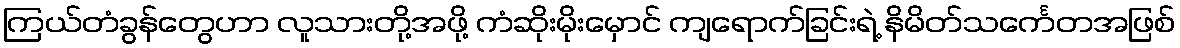
ကြယ်တံခွန်တွေဟာ လူသားတို့အဖို့ ကံဆိုးမိုးမှောင် ကျရောက်ခြင်းရဲ့ နိမိတ်သင်္ကေတအဖြစ်